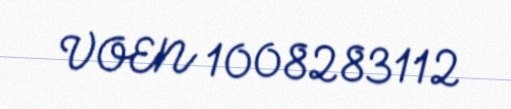
VOEN 1008283112